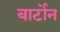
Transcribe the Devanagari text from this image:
बार्टोन